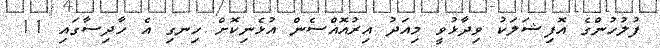
ފުލުހުންގެ އޮފިޝަލަކު ވިދާޅުވީ މިއަދު އިރުއޮއްސެން އުޅެނިކޮށް ހިނގި އެ ހާދިސާގައި 11